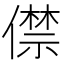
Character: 僸